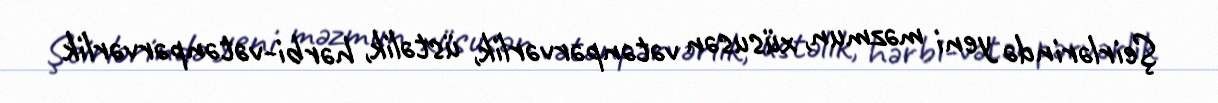
Şeirlərində yeni məzmun, xüsusən vətənpərvərlik, üstəlik, hərbi-vətənpərvərlik